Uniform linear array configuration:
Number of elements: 8
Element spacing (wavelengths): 0.5
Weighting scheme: kaiser
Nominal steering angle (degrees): -15
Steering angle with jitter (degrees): -15.567
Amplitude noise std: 0.05
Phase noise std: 0.05

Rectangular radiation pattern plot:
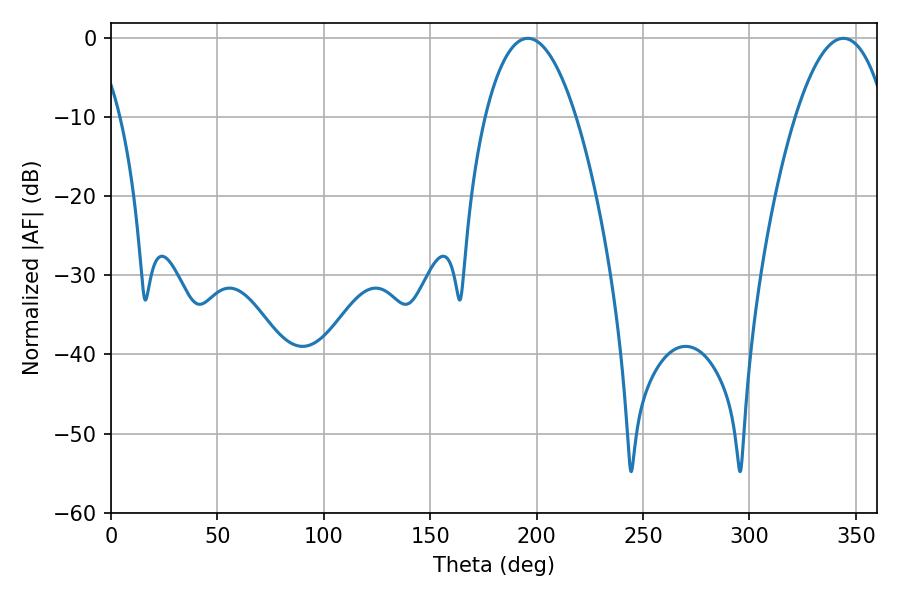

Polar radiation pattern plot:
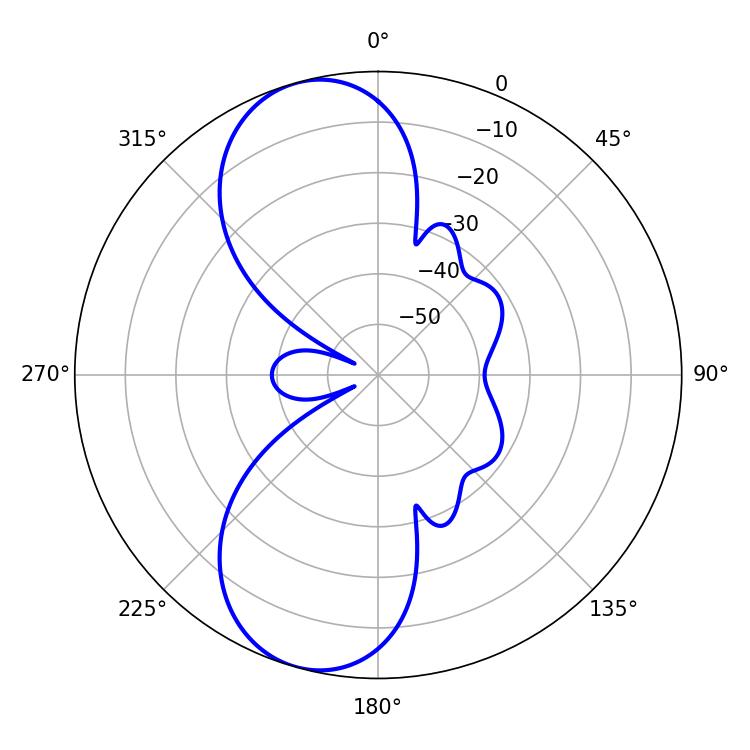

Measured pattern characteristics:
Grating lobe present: FALSE
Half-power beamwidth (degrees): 23.76
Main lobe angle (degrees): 195.84